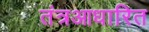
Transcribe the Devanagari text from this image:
तंत्रआधारित